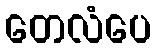
တေလံပေ